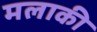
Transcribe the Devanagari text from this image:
मलाकी